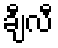
ချီလီ